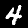
Digit: 4